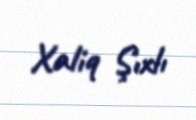
Xaliq Şıxlı